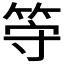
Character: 𬕀